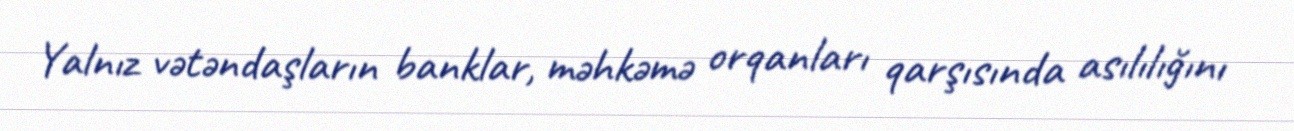
Yalnız vətəndaşların banklar, məhkəmə orqanları qarşısında asılılığını